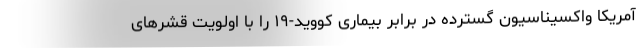
آمریکا واکسیناسیون گسترده در برابر بیماری کووید-۱۹ را با اولویت قشرهای